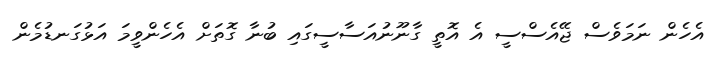
އެހެން ނަމަވެސް ޖޭއެސްސީ އެ އޮތީ ގާނޫނުއަސާސީގައި ބުނާ ގޮތަށް އެހެންވީމަ އަޅުގަނޑުމެން